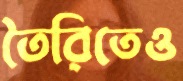
তৈরিতেও